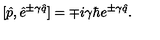
[ \hat { p } , \hat { e } ^ { \pm \gamma \hat { q } } ] = \mp i \gamma \hbar e ^ { \pm \gamma \hat { q } } .